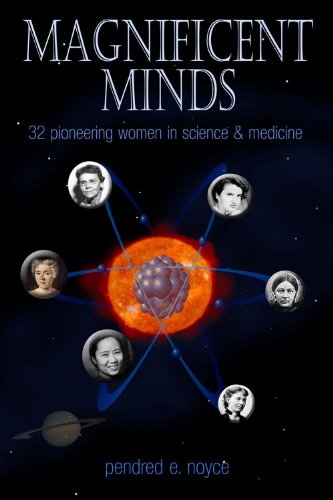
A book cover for Magnificent Minds: 16 Pioneering Women in Science and Medicine; Pendred E. Noyce; Teen & Young Adult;